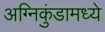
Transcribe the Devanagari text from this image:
अग्निकुंडामध्ये